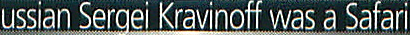
ussian Sergei Kravinoff was a Safari